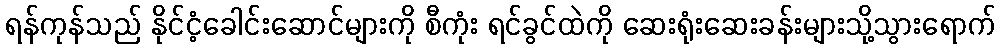
ရန်ကုန်သည် နိုင်ငံ့ခေါင်းဆောင်များကို စီကုံး ရင်ခွင်ထဲကို ဆေးရုံးဆေးခန်းများသို့သွားရောက်